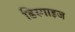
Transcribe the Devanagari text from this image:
डिस्गाइज